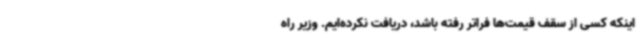
اینکه کسی از سقف قیمت‌ها فراتر رفته باشد، دریافت نکرده‌ایم. وزیر راه